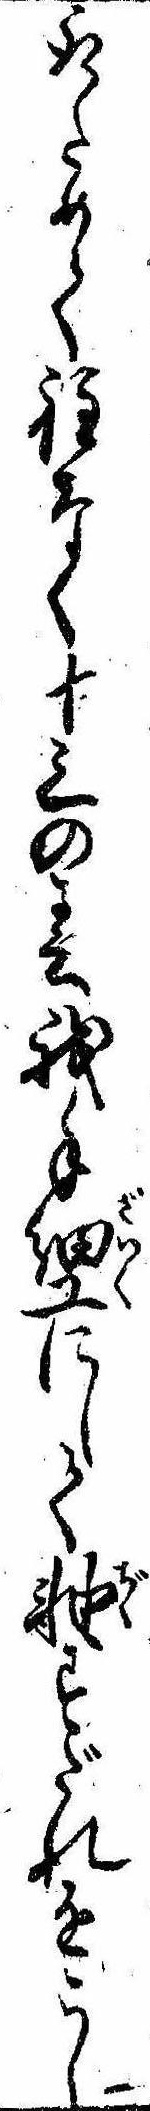
取ためて程なく十三の春我手細工にして軸すだれをこし